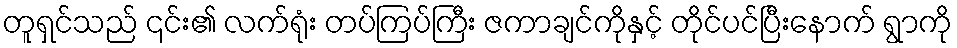
တူရှင်သည် ၎င်း၏ လက်ရုံး တပ်ကြပ်ကြီး ဇကာချင်ကိုနှင့် တိုင်ပင်ပြီးနောက် ရွာကို